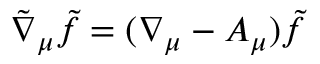
\tilde { \nabla } _ { \mu } \tilde { f } = ( \nabla _ { \mu } - A _ { \mu } ) \tilde { f }